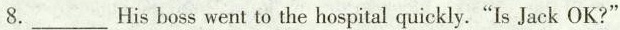
8. ___ His boss went to the hospital quickly."Is Jack OK?"